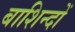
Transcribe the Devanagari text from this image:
बाशिन्दों